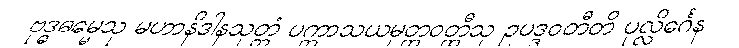
ဗုဒ္ဓဓမ္မေသု မဟာနိဒါနသုတ္တံ ပက္ကာသယမုတ္တဝတ္ထီသု ဥပဒ္ဒဝတီတိ ပုလ္လိင်္ဂေန